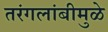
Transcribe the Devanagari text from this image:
तरंगलांबीमुळे